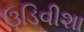
ઉડિવીશા